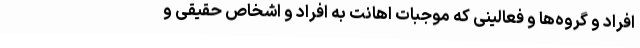
افراد و گروه‌ها و فعالینی که موجبات اهانت به افراد و اشخاص حقیقی و